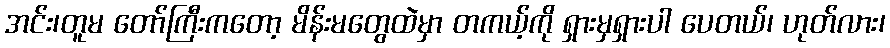
အင်း၊တူမ တော်ကြီးကတော့ မိန်းမတွေထဲမှာ တကယ့်ကို ရှားမှရှားပါ ပေတယ်၊ ဟုတ်လား၊